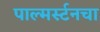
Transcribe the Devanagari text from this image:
पाल्मर्स्टनचा